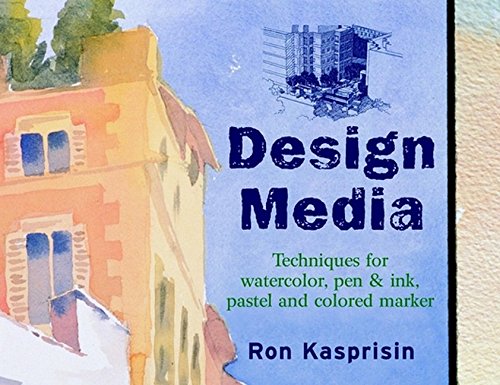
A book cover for Design Media: Techniques for Watercolor, Pen & Ink, Pastel and Colored Marker; Ron Kasprisin; Arts & Photography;